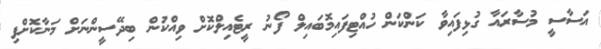
އަސާސީ މުސާރައާ ގުޅިފައިވާ ކަންކަން ހުއްޓިފައިމޮބައިލް ފޯނު ރީޓެއިލްކޮށް ވިއްކުން ބިދޭސީންނަށް މަނާކޮށްފި